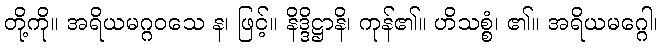
တို့ကို။ အရိယမဂ္ဂဝသေ န၊ ဖြင့်။ နိဒ္ဒိဋ္ဌာနိ၊ ကုန်၏။ ဟိသစ္စံ၊ ၏။ အရိယမဂ္ဂေါ၊